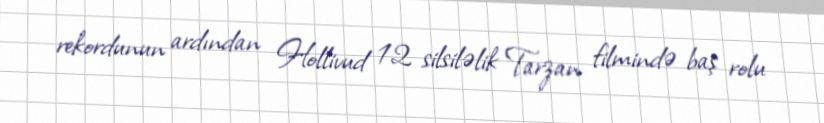
rekordunun ardından Hollivud 12 silsiləlik Tarzan filmində baş rolu